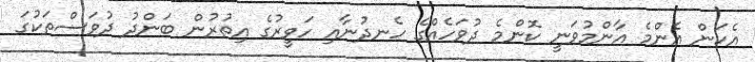
އެކަން އެންމެ އާންމުވަނީ ކޮންމެ ދުވަހެއްގެ ހެނދުނާއި ހަވީރުގެ އިތުރުން ބަންދު ދުވަސްތަކުގަ